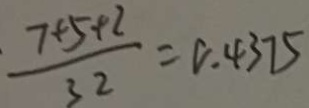
\frac { 7 + 5 + 2 } { 3 2 } = 0 . 4 3 7 5